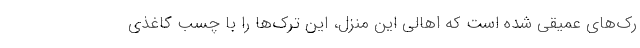
رک‌های عمیقی شده است که اهالی این منزل، این ترک‌ها را با چسب کاغذی